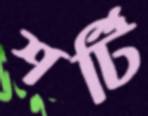
শর্টি